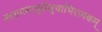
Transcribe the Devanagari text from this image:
ललाममाधुर्यसुधाभिरामकम्